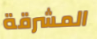
المشرقة